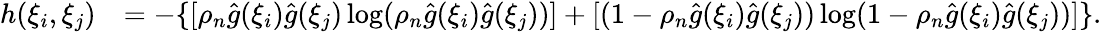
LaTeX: \begin{array}{rl}{h(\xi_{i},\xi_{j})}&{=-\{ [{\rho}_{n}\hat{g}(\xi_{i})\hat{g}(\xi_{j})\log({\rho}_{n}\hat{g}(\xi_{i})\hat{g}(\xi_{j}))]+[(1-{\rho}_{n}\hat{g}(\xi_{i})\hat{g}(\xi_{j}))\log(1-{\rho}_{n}\hat{g}(\xi_{i})\hat{g}(\xi_{j}))]\} .}\end{array}